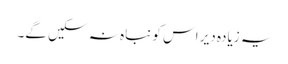
یہ زیادہ دیر اس کو نباہ نہ سکیں گے۔